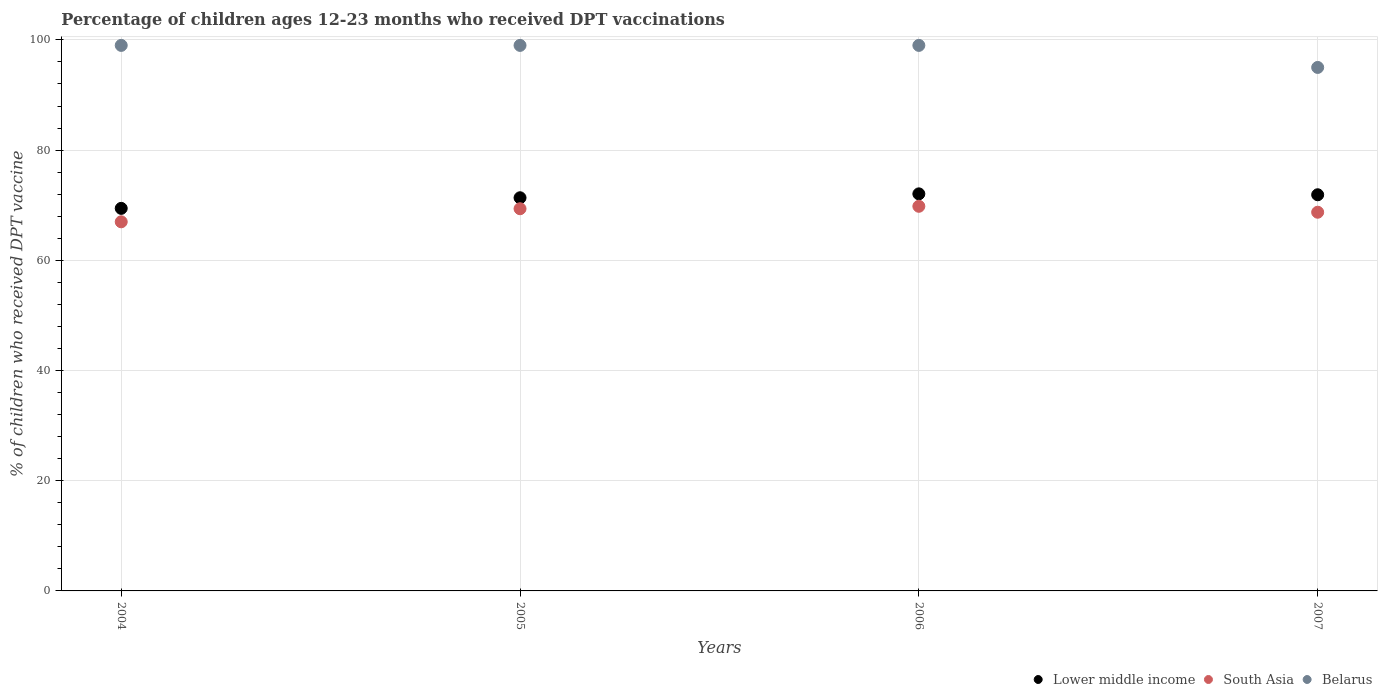
| Years | Lower middle income | South Asia | Belarus |
 | --- | --- | --- | --- |
 | 2004 | 69.4 | 67 | 99 |
 | 2005 | 71.4 | 69.4 | 99 |
 | 2006 | 72.1 | 69.8 | 99 |
 | 2007 | 71.9 | 68.7 | 95 |